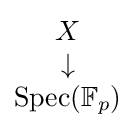
{\begin{matrix}X\\\downarrow \\\operatorname {Spec} (\mathbb {F} _{p})\end{matrix}}